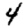
Digit: 4